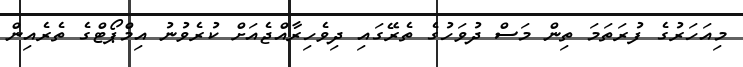
މިއަހަރުގެ ފުރަތަމަ ތިން މަސް ދުވަހުގެ ތެރޭގައި ދިވެހިރާއްޖެއަށް ކުރެވުނު އިމްޕޯޓްގެ ތެރެއިން